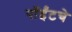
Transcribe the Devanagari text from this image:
पॉईंटचे